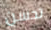
تحسن